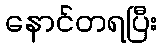
နောင်တရပြီး